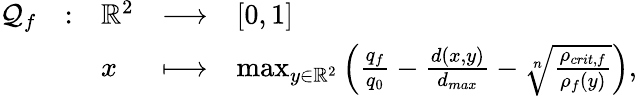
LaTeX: \begin{array}{lllll}{\mathcal{Q}_{f}}&{:}&{\mathbb{R}^{2}}&{\longrightarrow}&{\left[0,1\right]}\\ &&{x}&{\longmapsto}&{\operatorname*{max}_{y\in\mathbb{R}^{2}}\left(\frac{q_{f}}{q_{0}}-\frac{d(x,y)}{d_{max}}-\sqrt[n]{\frac{\rho_{crit,f}}{\rho_{f}(y)}}\right),}\end{array}